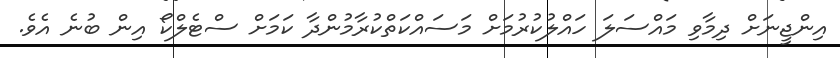
އިންޖީނަށް ދިމާވި މައްސަލަ ހައްލުކުރުމަށް މަސައްކަތްކުރާމުންދާ ކަަމަށް ސްޓެލްކޯ އިން ބުނެ އެވެ.